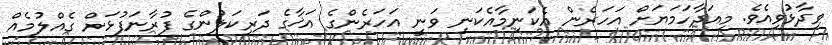
ވިދާޅުވިއެވެ. މިއަދާހަމަޔަށް އަހަރެން އެކަނިމާއެކަނި ވަނީ އަހަރެންގެ އަޚާގެ ދަރިކަލުންގެ ފުރާނަފުޅަށް ގެއްލުމެއް